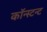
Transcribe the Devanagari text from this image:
कॉन्स्टन्ट